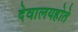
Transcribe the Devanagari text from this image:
देवालयहोते